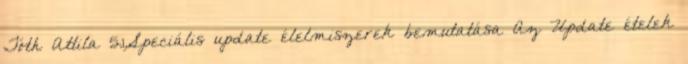
Tóth Attila 5.1.Speciális update élelmiszerek bemutatása Az Update ételek